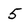
Character: 5